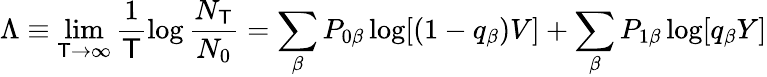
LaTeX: \Lambda\equiv\operatorname*{lim}_{\mathsf{T}\to\infty}\frac{{1}}{{\mathsf{T}}}\log\frac{{N_{\mathsf{T}}}}{{N_{0}}}=\sum_{\beta}P_{0\beta}\log[(1-q_{\beta})V]+\sum_{\beta}P_{1\beta}\log[q_{\beta}Y]